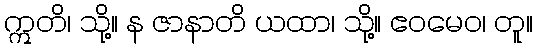
ဣတိ၊ သို့။ န ဇာနာတိ ယထာ၊ သို့။ ဧဝမေဝ၊ တူ။